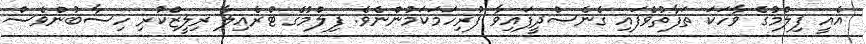
އެއީ ފިލްމުގެ ވާހަކަ ތަފާތުވެފައި ގެނެސްދީފައިވާ ފުރިހަމަކަމުންނެވެ. ފިލްމުގެ ޓްރެއިލާ ރިލީޒްކުރި ހިސާބުންވެސް